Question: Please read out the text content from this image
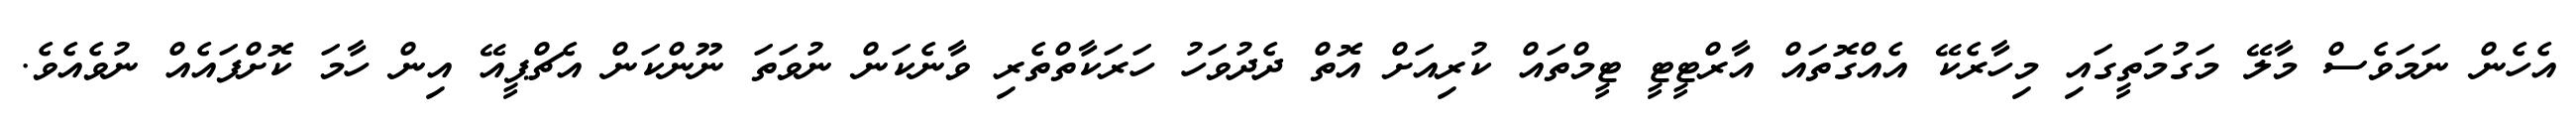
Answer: އެހެން ނަމަވެސް މާލޭ މަގުމަތީގައި މިހާރެކޭ އެއްގޮތައް އާރްޓީޓީ ޓީމްތައް ކުރިއަށް އޮތް ދެދުވަހު ހަރަކާތްތެރި ވާނެކަން ނުވަތަ ނޫންކަން އެޗްޕީއޭ އިން ހާމަ ކޮށްފައެއް ނުވެއެވެ.